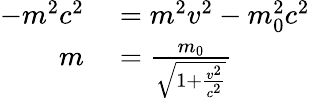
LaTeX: \begin{array}{rl}{-m^{2}c^{2}}&{{}=m^{2}v^{2}-m_{0}^{2}c^{2}}\\ {m}&{{}={\frac{m_{0}}{\sqrt{1+{\frac{v^{2}}{c^{2}}}}}}}\end{array}